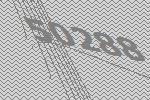
50288